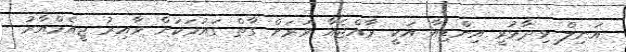
އަނިލް ވިދާޅުވީ އިންޑިއާ އަކީ ރާއްޖެއާ ވަރަށް ގާތް ގައުމަކަށް ވާއިރު ޖީއެމްއާރު